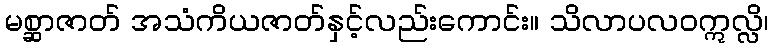
မစ္ဆာဇာတ် အသံကိယဇာတ်နှင့်လည်းကောင်း။ သိလာပလဝဣလ္လိ၊